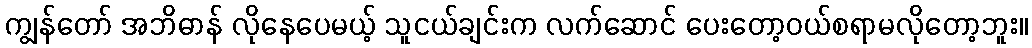
ကျွန်တော် အဘိဓာန် လိုနေပေမယ့် သူငယ်ချင်းက လက်ဆောင် ပေးတော့ဝယ်စရာမလိုတော့ဘူး။